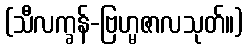
(သီလက္ခန်-ဗြဟ္မဇာလသုတ်။)